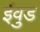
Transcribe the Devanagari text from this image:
ईवुड